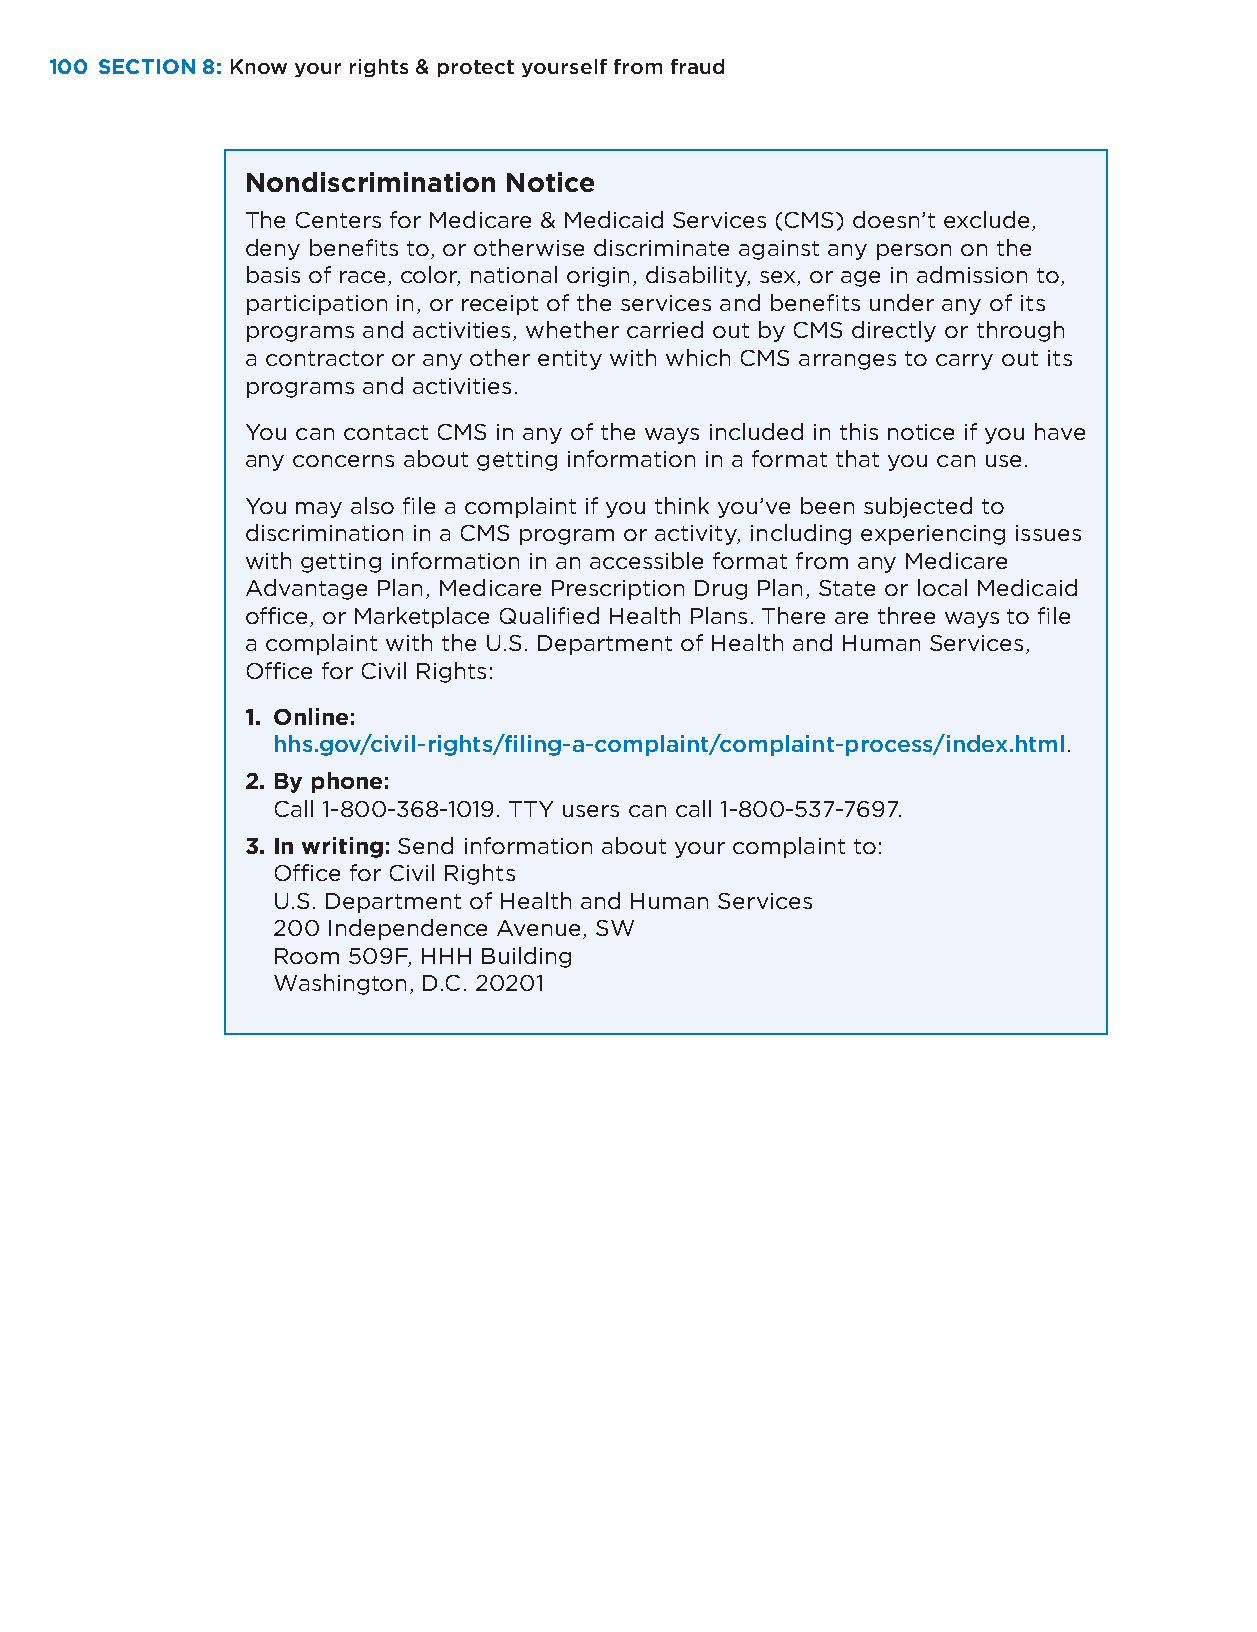
100 SECTION 8: Know your rights & protect yourself from fraud
 Nondiscrimination Notice
 The Centers for Medicare & Medicaid Services (CMS) doesn’t exclude,
 deny benefits to, or otherwise discriminate against any person on the
 basis of race, color, national origin, disability, sex, or age in admission to,
 participation in, or receipt of the services and benefits under any of its
 programs and activities, whether carried out by CMS directly or through
 a contractor or any other entity with which CMS arranges to carry out its
 programs and activities.
 You can contact CMS in any of the ways included in this notice if you have
 any concerns about getting information in a format that you can use.
 You may also file a complaint if you think you’ve been subjected to
 discrimination in a CMS program or activity, including experiencing issues
 with getting information in an accessible format from any Medicare
 Advantage Plan, Medicare Prescription Drug Plan, State or local Medicaid
 office, or Marketplace Qualified Health Plans. There are three ways to file
 a complaint with the U.S. Department of Health and Human Services,
 Office for Civil Rights:
 1. Online:
 hhs.gov/civil-rights/filing-a-complaint/complaint-process/index.html.
 2. By phone:
 Call 1-800-368-1019. TTY users can call 1-800-537-7697.
 3. In writing: Send information about your complaint to:
 Office for Civil Rights
 U.S. Department of Health and Human Services
 200 Independence Avenue, SW
 Room 509F, HHH Building
 Washington, D.C. 20201